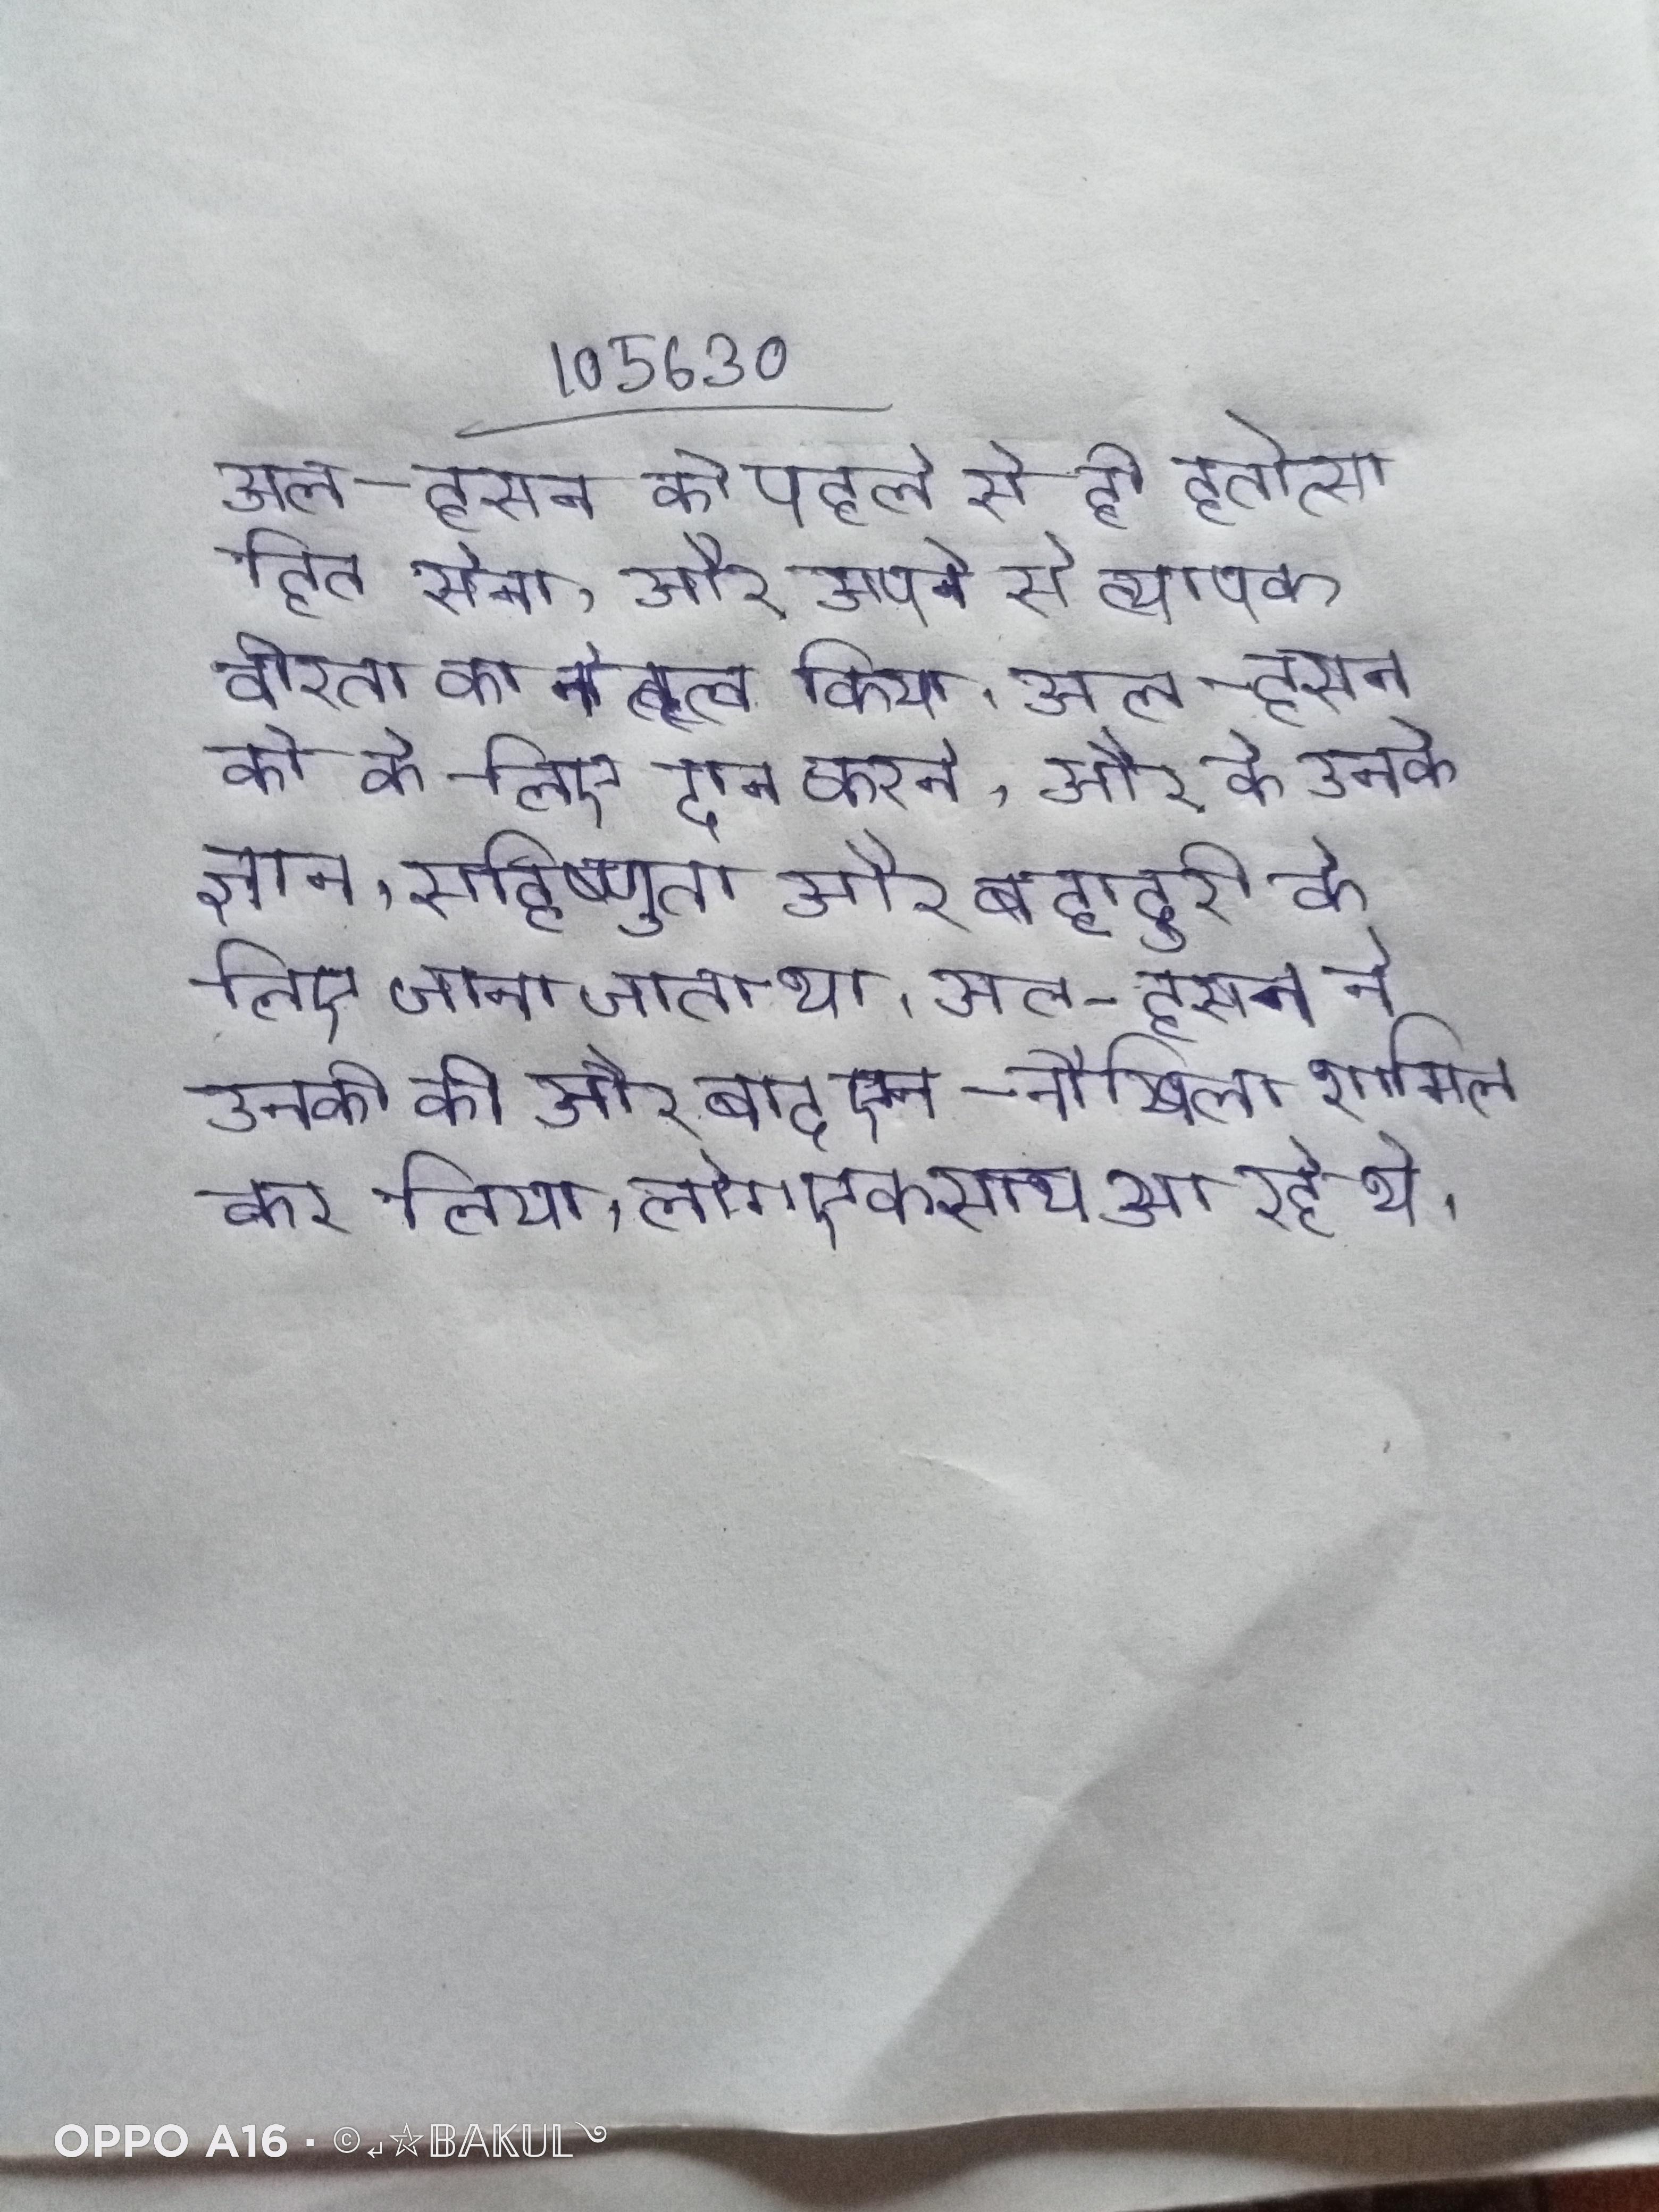
अल-हसन की पहले से ही हतोत्साहित सेना, और अपने से व्यापक वीरता का नेतृत्व किया । अल-हसन को के लिए दान करने, और के लिए उनकी दया और उनके ज्ञान, सहिष्णुता और बहादुरी के लिए जाना जाता था । अल-हसन ने उनकी की और बाद एन-नौखिला शामिल कर लिया, लोग एक साथ आ रहे थे ।